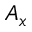
A _ { x }